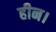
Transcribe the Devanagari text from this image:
हीन।